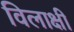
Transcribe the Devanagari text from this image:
विलाक्षी